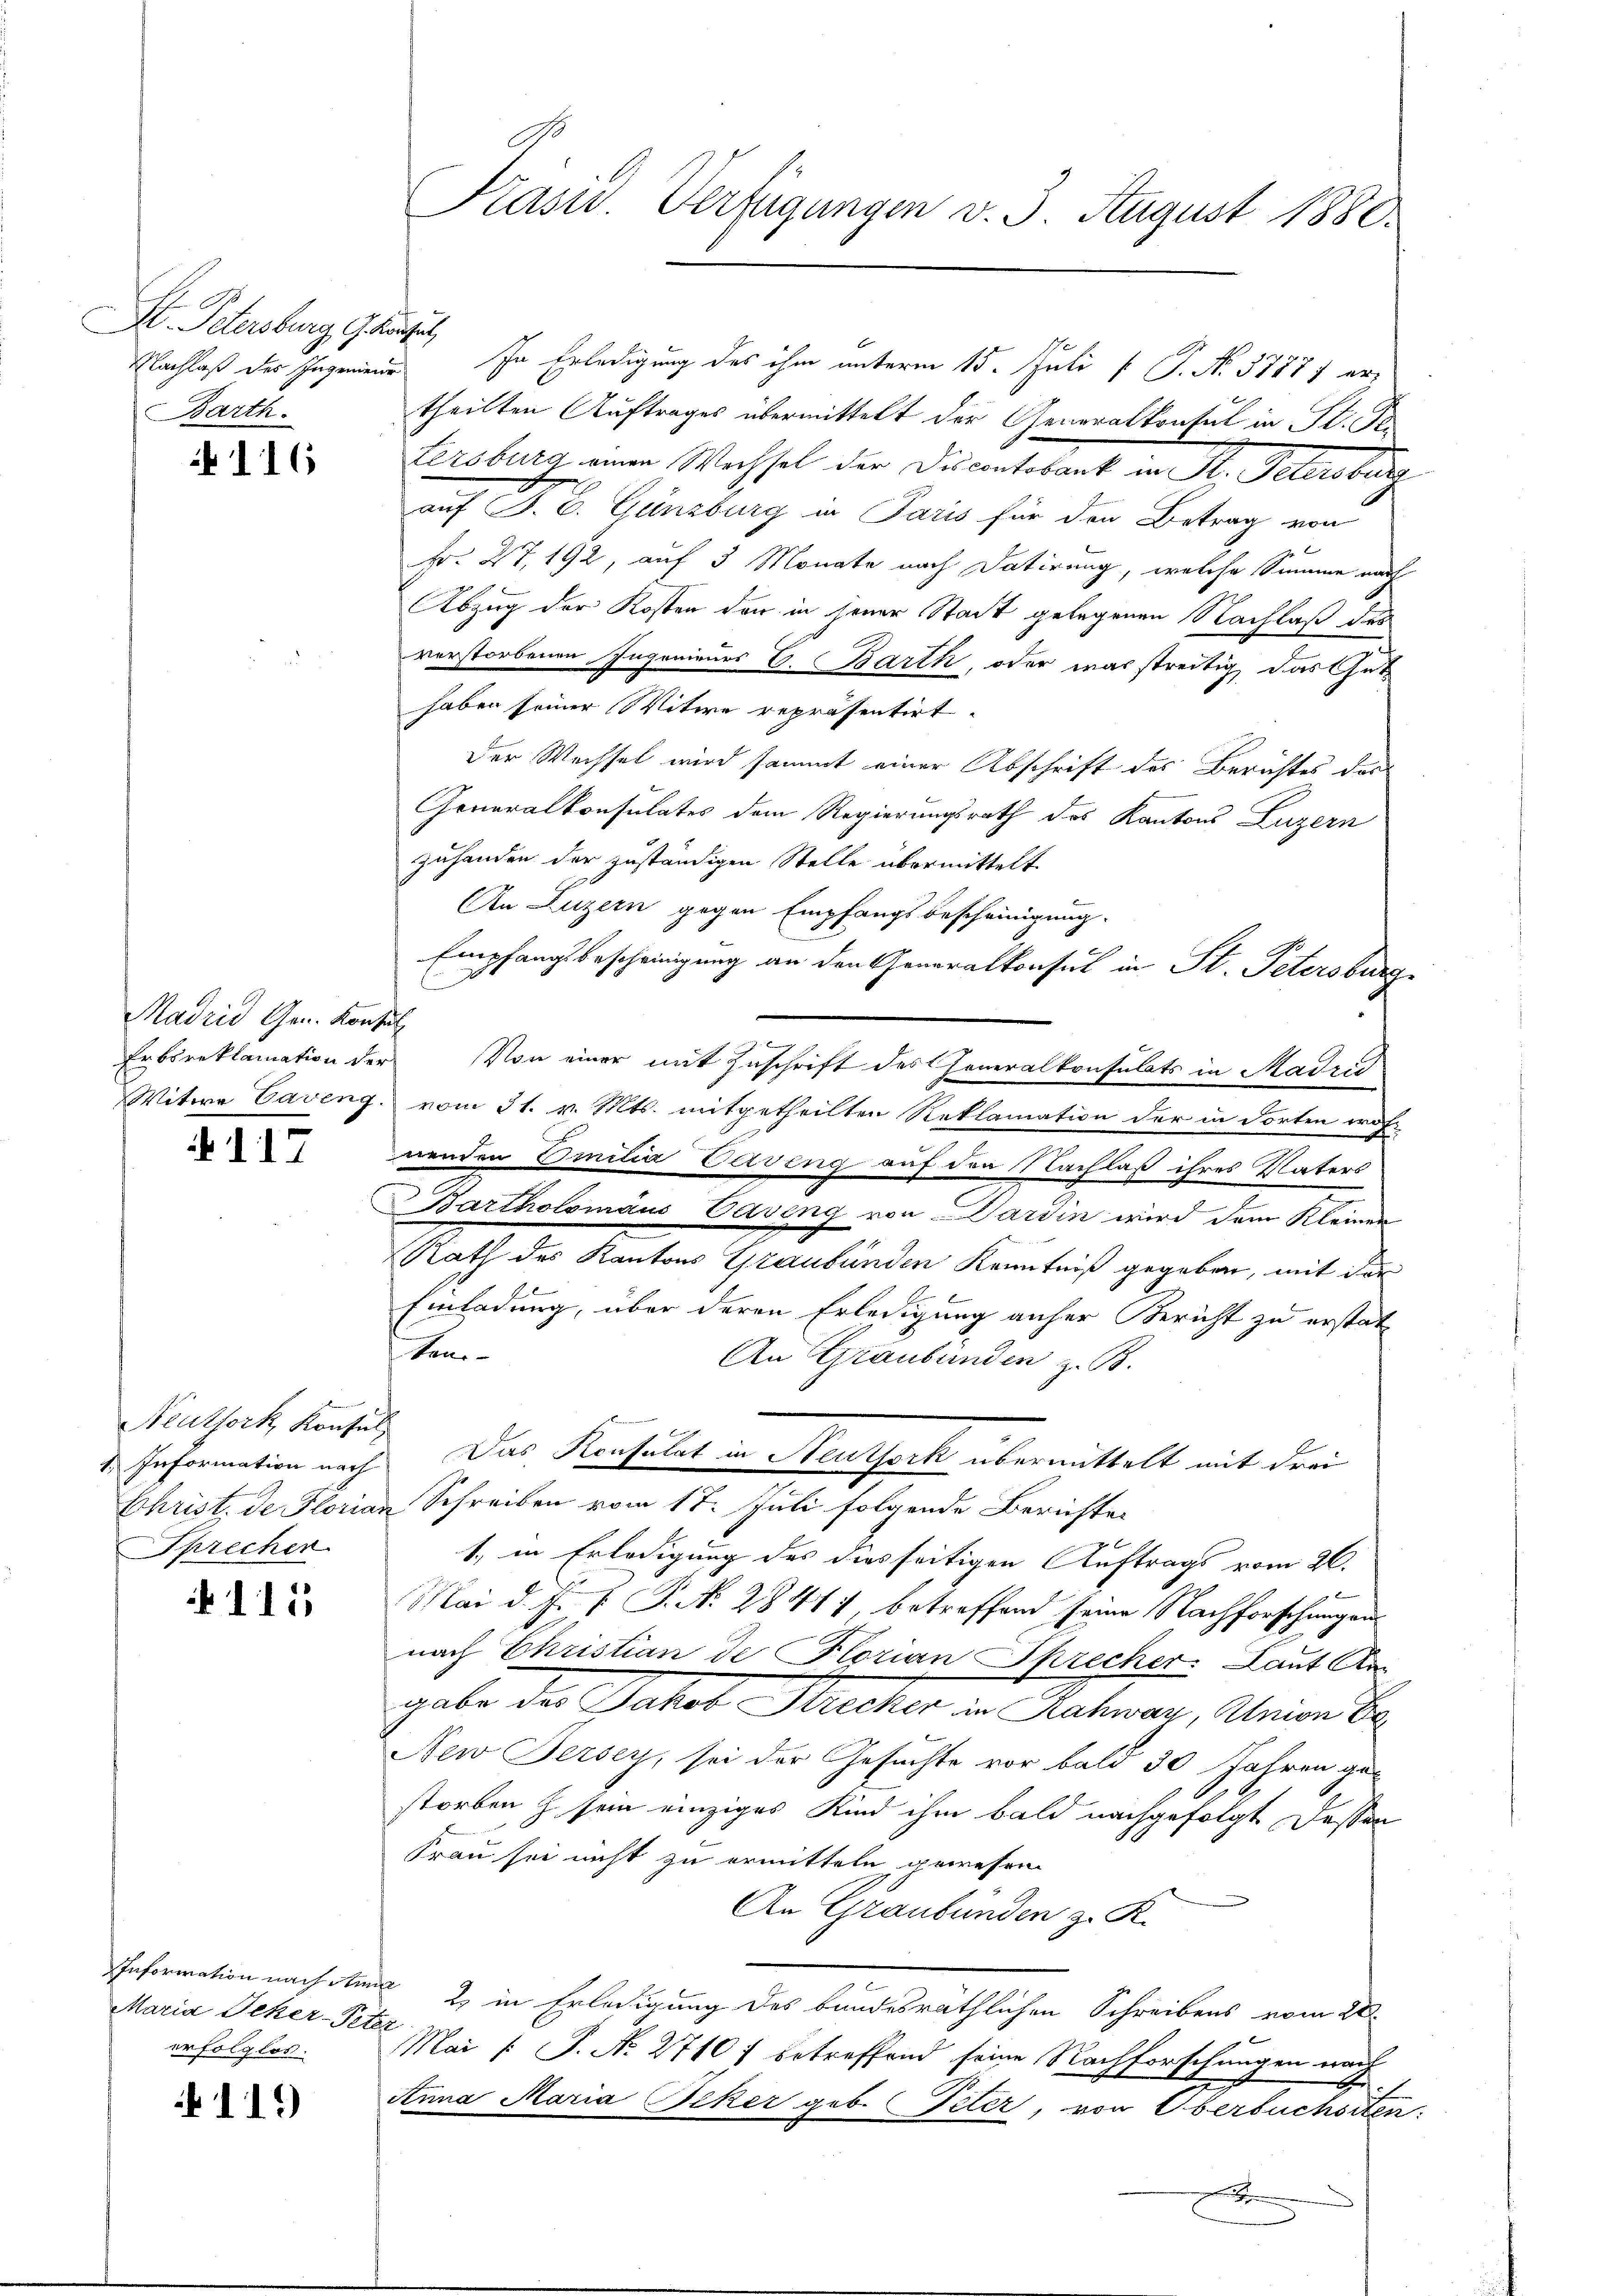
I. Petersburg G. Konsul
Nachlaß des Ingenieur
Barth.

116

Madrid Gen. Konsul

117

Neutfork, Konsul
Sprecher.

115

Maria Scher-Peter
erfolglos.

111)

Präsid. Verfügungen v. 3. August 1880.

In Erledigung des ihm unterm 15. Juli [ P. No. 37877 ertheilten Auftrages übermittelt der Generalkonsul in St. Po
Lersburg einen Wechsel der Discontobank in St. Petersburg
auf S. 6. Günzburg in Paris für den Betrag von
Fr. 27, 192, auf 3 Monate nach datirung, welche Summe nach
Abzug der Kosten den in jener Stadt gelegenen Nachlaß des
verstorbenen Ingenieurs E. Barth, oder war streitig, das Guthaben seiner Witwe repräsentirt.
Der Wechsel wird sammt einer Abschrift des Berichtes der
Generalkonsulates dem Regierungsrath des Kantons Luzern
zuhanden der zuständigen Stelle übermittelt
An Luzern gegen Empfangsbescheinigung.
1
Empfangsbescheinigung an den Generalkonsul in St. Petersburg
E
Erbcreklamation der Von einer mit Zuschrift des Generalkonsulats in Madrid
Witwe Caveng, vom 31. v. Mts. mitgetheilten Reklamation der in Forten eröfnenden Einitia Verving auf den Nachlaß ihres Vaters
Bartholomäus Caveng von Sardin wird dem Kleinen
Rath des Kantons Graubünden Kenntniß gegeben, mit der
Einladung, über deren Erledigung anher Bericht zu erstat
kan-
An Graubünden z. B.
1. Information auch Das Konsulat in Neuthoch übermittelt mit drei
Christ. de Florian Schreiben vom 17. Juli folgende Berichte
1. in Erledigung des diesseitigen Auftrags vom 26.
Mai d. J. P. P. N. 28411 betreffend seine Nachforschungen
nach Christian de Florian Sprecher Laut An
gabe der Jakob Sucher in Rahwar, Anion B.
New Jersey, sei der Gesuchte vor bald 30 Jahren gestorben h sein einziges Kind ihm bald nachgefolgt dessen
Frau sei nicht zu ermitteln gewesen
An Graubünden z. R.
Information nach dem 2. in Erledigung des bundesräthlichen Schreibens vom 28.
Mai /: P. Nr. 2710 f betreffend seine Nachforschungen nach
Anna Maria Acker geb. Peter, von Oberbuchsten
.